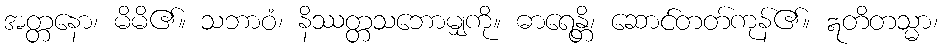
အတ္တနော၊ မိမိ၏။ သဘာဝံ၊ နိဿတ္တသဘောမျှကို။ ဓာရေန္တိ၊ ဆောင်တတ်ကုန်၏။ ဣတိတသ္မာ၊